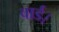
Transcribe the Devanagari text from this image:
वार्ड।